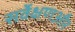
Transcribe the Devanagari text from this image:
सर्वेक्षणऔर